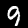
Digit: 9